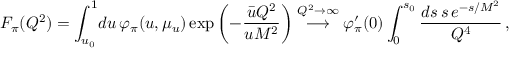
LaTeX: F _ { \pi } ( Q ^ { 2 } ) = \int _ { u _ { 0 } } ^ { 1 } \! d u \, \varphi _ { \pi } ( u , \mu _ { u } ) \exp \left( - \frac { \bar { u } Q ^ { 2 } } { u M ^ { 2 } } \right) \stackrel { Q ^ { 2 } \to \infty } { \longrightarrow } \varphi _ { \pi } ^ { \prime } ( 0 ) \int _ { 0 } ^ { s _ { 0 } } \frac { d s \, s \, e ^ { - s / { M ^ { 2 } } } } { Q ^ { 4 } } \, ,